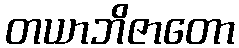
တယာဘိဇာတော